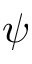
\psi